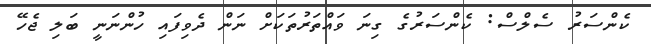
ކެންސަރު ސެލްސް: ކެންސަރުގެ ގިނަ ވައްތަރުތަކަށް ނަން ދެވިފައި ހުންނަނީ ބަލި ޖެހޭ